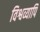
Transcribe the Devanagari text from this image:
विश्वव्यापि